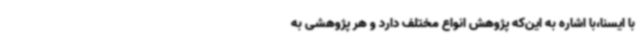
با ایسنا،با اشاره به این‌که پژوهش انواع مختلف دارد و هر پژوهشی به